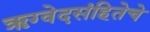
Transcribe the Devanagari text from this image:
ॠग्वेदसंहितेचे